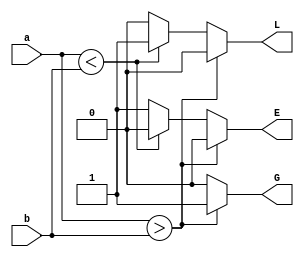
`timescale 1ns / 1ps
//////////////////////////////////////////////////////////////////////////////////
// Company: 
// Engineer: 
// 
// Design Name: 
// Module Name: comp_N_bit
// Project Name: 
// Target Devices: 
// Tool Versions: 
// Description: 
// 
// Dependencies: 
// 
// Revision:
// Revision 0.01 - File Created
// Additional Comments:
// 
//////////////////////////////////////////////////////////////////////////////////


module comp_N_bit(a,b,L,G,E);
parameter n=32;
input [n-1:0]a,b;
output L,G,E;
reg L=0,G=0,E=0;
always @ (a,b)
begin
if(a>b)
begin
L=0;E=0;G=1;
end
else if (a<b)
begin
L=1;E=0;G=0;
end
else
begin
L=0;E=1;G=0;
end
end
endmodule